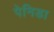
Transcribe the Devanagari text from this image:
पेनिडा